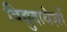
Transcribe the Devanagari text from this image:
विद्युदावेशों